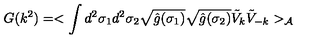
G ( k ^ { 2 } ) = < \int d ^ { 2 } \sigma _ { 1 } d ^ { 2 } \sigma _ { 2 } \sqrt { \hat { g } ( \sigma _ { 1 } ) } \sqrt { \hat { g } ( \sigma _ { 2 } ) } { \tilde { V } } _ { k } { \tilde { V } } _ { - k } > _ { \cal { A } }